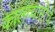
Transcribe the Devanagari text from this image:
कालव्याप्तीचे